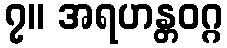
၇။ အရဟန္တဝဂ္ဂ